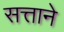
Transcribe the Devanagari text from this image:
सत्ताने